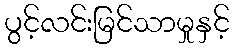
ပွင့်လင်းမြင်သာမှုနှင့်